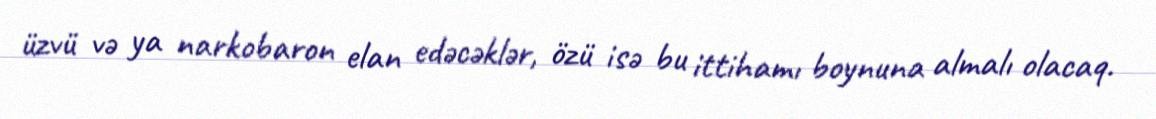
üzvü və ya narkobaron elan edəcəklər, özü isə bu ittihamı boynuna almalı olacaq.